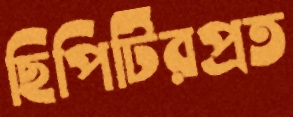
ছিপিটিরপ্রত